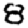
Digit: 8